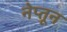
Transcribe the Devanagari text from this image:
नेप्तून